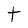
Character: t